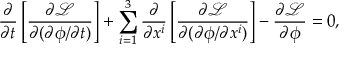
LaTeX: { \frac { \partial } { \partial t } } \left[ { \frac { \partial { \mathcal { L } } } { \partial ( \partial \phi / \partial t ) } } \right] + \sum _ { i = 1 } ^ { 3 } { \frac { \partial } { \partial x ^ { i } } } \left[ { \frac { \partial { \mathcal { L } } } { \partial ( \partial \phi / \partial x ^ { i } ) } } \right] - { \frac { \partial { \mathcal { L } } } { \partial \phi } } = 0 ,